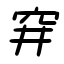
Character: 穽